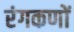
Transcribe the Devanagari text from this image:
रंगकणों